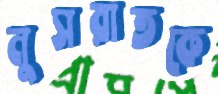
নুসরাতকে